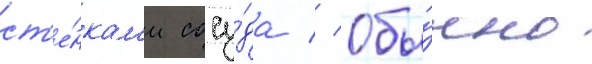
ст'е́нкам'и сосу́да // Обы́чно